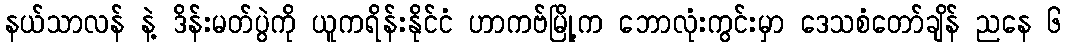
နယ်သာလန် နဲ့ ဒိန်းမတ်ပွဲကို ယူကရိန်းနိုင်ငံ ဟာကဗ်မြို့က ဘောလုံးကွင်းမှာ ဒေသစံတော်ချိန် ညနေ ၆